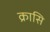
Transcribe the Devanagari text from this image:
क्रासि